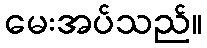
မေးအပ်သည်။